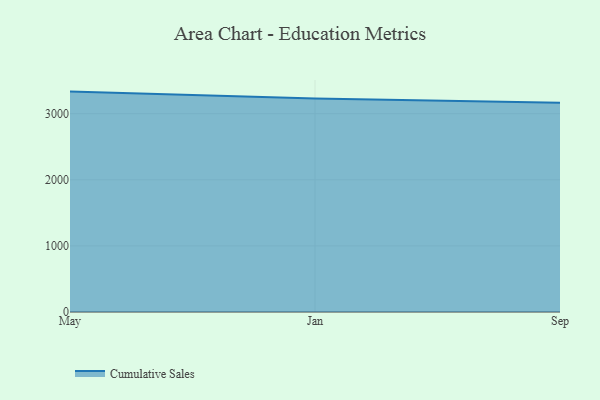
{"axis": {"x": "Month", "y": "Waste Production (Tons)"}, "legend": ["Cumulative Sales"], "data": [{"x": "May", "y": 3334.7, "type": "Cumulative Sales"}, {"x": "Jan", "y": 3229.2, "type": "Cumulative Sales"}, {"x": "Sep", "y": 3166.6, "type": "Cumulative Sales"}]}